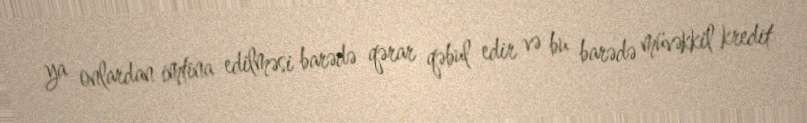
ya onlardan imtina edilməsi barədə qərar qəbul edir və bu barədə müvəkkil kredit